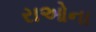
રાઓના